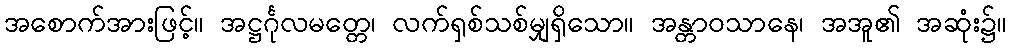
အစောက်အားဖြင့်။ အဋ္ဌင်္ဂုလမတ္တေ၊ လက်ရှစ်သစ်မျှရှိသော။ အန္တာဝသာနေ၊ အအူ၏ အဆုံး၌။